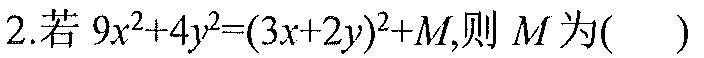
2.若$9x^{2}+4y^{2}=(3x + 2y)^{2}+M$,则$M$为( )